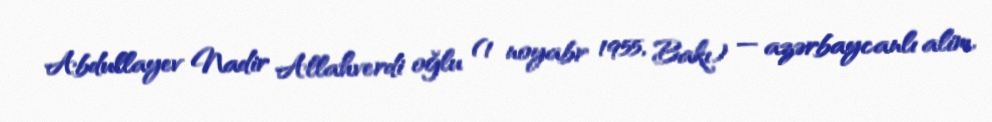
Abdullayev Nadir Allahverdi oğlu (1 noyabr 1955, Bakı) — azərbaycanlı alim,